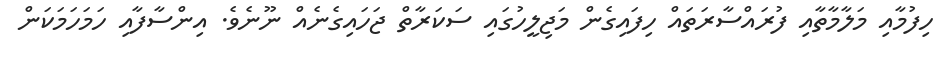
ހިފުމާއި މަލާމާތާއި ފުރައްސާރަތައް ހިފައިގެން މަޖިލީހުގައި ސަކަރާތް ޖަހައިގެނެއް ނޫނެވެ. އިންސާފާއި ހަމަހަމަކަން